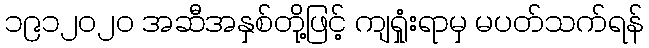
၁၉၁၂၀၂၀ အဆီအနှစ်တို့ဖြင့် ကျရှုံးရာမှ မပတ်သက်ရန်